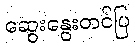
ဆွေးနွေးတင်ပြ